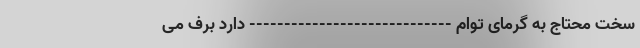
سخت محتاج به گرمای توام ----------------------------- دارد برف می